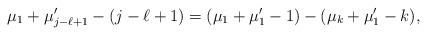
LaTeX: \begin{align*}\mu_1+\mu_{j-\ell+1}'-(j-\ell+1) = (\mu_1+\mu_1'-1)-(\mu_k+\mu_1' -k),\end{align*}